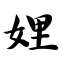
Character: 娌